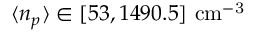
\langle n _ { p } \rangle \in [ 5 3 , 1 4 9 0 . 5 ] ~ \mathrm { c m ^ { - 3 } }